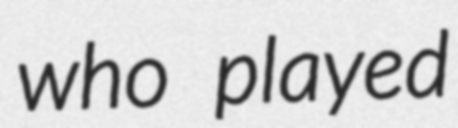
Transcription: who played